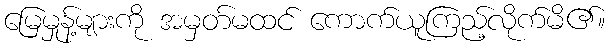
မြေမှုန့်များကို အမှတ်မထင် ကောက်ယူကြည့်လိုက်မိ၏။